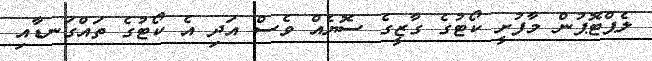
ލެޕްޓޮޕުން މާފުށީ ކޯޓުގެ ގާޒީގެ ސޮޔެއް ވެސް އަދި އެ ކޯޓުގެ ތައްގަނޑާއި